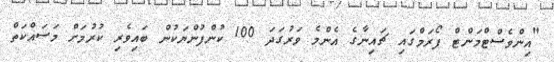
"އިންވެސްޓްމަންޓް ފޯރަމްގައި ޗައިނާގެ އެންމެ ވަރުގަދަ 100 ކުންފުންޔަކުން ބައިވެރި ކުރުމަށް މަސައްކަތް